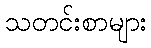
သတင်းစာများ